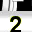
Digit: 2